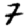
Digit: 7